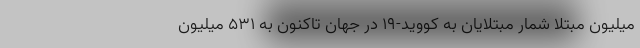
میلیون مبتلا شمار مبتلایان به کووید-۱۹ در جهان تاکنون به ۵۳۱ میلیون